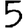
Digit: 5